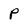
Character: p